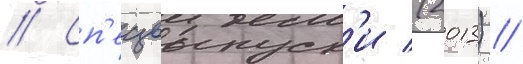
// Сп'ецвыпуск'и (2013) //